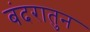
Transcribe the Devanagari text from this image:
बंदरातुन